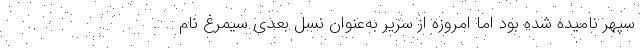
سپهر نامیده شده بود اما امروزه از سریر به‌عنوان نسل بعدی سیمرغ نام